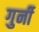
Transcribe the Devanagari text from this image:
गुर्नी